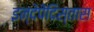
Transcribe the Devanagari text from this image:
इन्देपेंदिस्तास